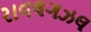
રાવલગઝલ